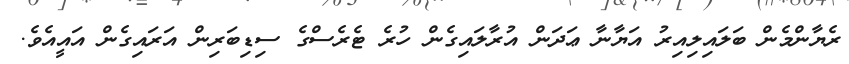
ރެޔާންމެން ބަލައިލިއިރު އަޔާނާ ޢަދަން އުރާލައިގެން ހުރެ ޓެރެސްގެ ސިޑިބަރިން އަރައިގެން އައީއެވެ.